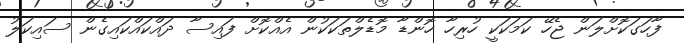
ފާހަގަކޮށްލަން ޖެހޭ ކަމަކަކީ ހުރިހާ ހޮންޑާ މޮޑެލްތަކަކުން އެއްކޮށް ފައިސާ ދައްކައްކައިގެން ސައިކަލު